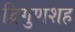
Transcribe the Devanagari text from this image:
द्विगुणशह